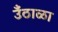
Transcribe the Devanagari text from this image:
उँठाळा